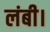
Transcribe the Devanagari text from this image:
लंबी।